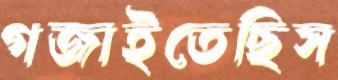
গজাইতেছিস